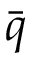
\bar { q }